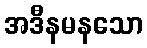
အဒီနမနသော